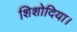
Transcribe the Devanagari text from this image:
शिशोदिया।